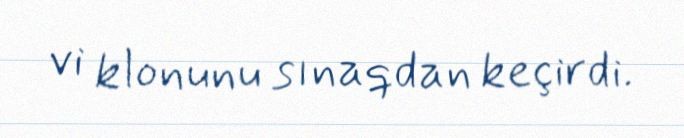
vi klonunu sınaqdan keçirdi.